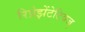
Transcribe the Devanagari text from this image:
रिप्रेझेंटेटिवज्